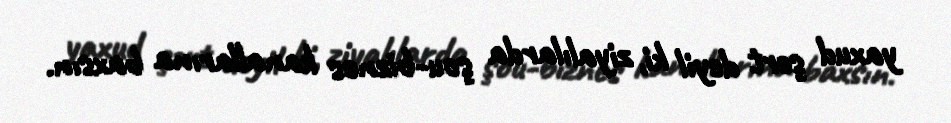
yaxud şərt deyil ki, ziyalılarda şou-biznes kanallarına baxsın.